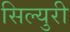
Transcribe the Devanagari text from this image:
सिल्युरी